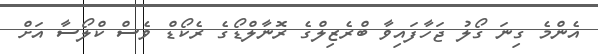
އެންމެ ގިނަ ގޯލު ޖަހާފައިވާ ބްރެޒިލްގެ ރޮނާލްޑޯގެ ރެކޯޑް ވެސް ކްލޯސާ އަށް